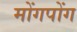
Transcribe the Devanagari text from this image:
मोंगपोंग